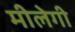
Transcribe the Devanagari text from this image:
मीलेगी